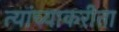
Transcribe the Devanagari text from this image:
त्यांच्याकरीता